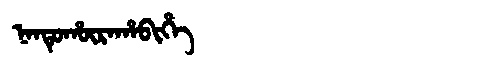
Manchu: ᠨᠠᠨᡨᡠᡥᡡᡵᠠᡥᠠᠪᡳᡥᡝ
Romanization: NANTUHŪRAHABIHE